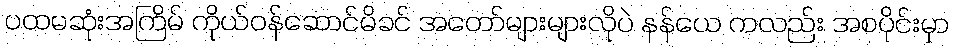
ပထမဆုံးအကြိမ် ကိုယ်ဝန်ဆောင်မိခင် အတော်များများလိုပဲ နန်ယေ ကလည်း အစပိုင်းမှာ